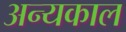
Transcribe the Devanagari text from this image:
अन्यकाल